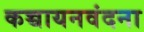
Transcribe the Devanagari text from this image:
कच्चायनवंदना